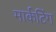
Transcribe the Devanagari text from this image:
मार्कटिंग